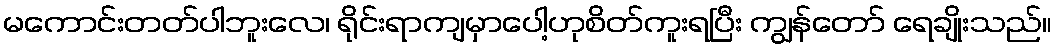
မကောင်းတတ်ပါဘူးလေ၊ ရိုင်းရာကျမှာပေါ့ဟုစိတ်ကူးရပြီး ကျွန်တော် ရေချိုးသည်။